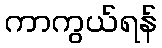
ကာကွယ်ရန်